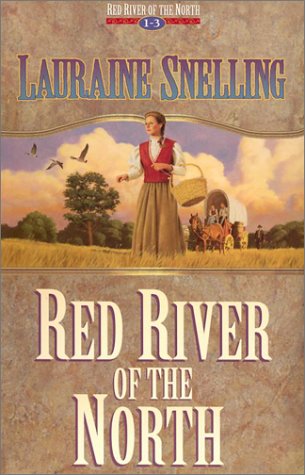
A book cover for An Untamed Land/A New Day Rising/A Land to Call Home (Red River of the North Pack #1-3); Lauraine Snelling; Christian Books & Bibles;